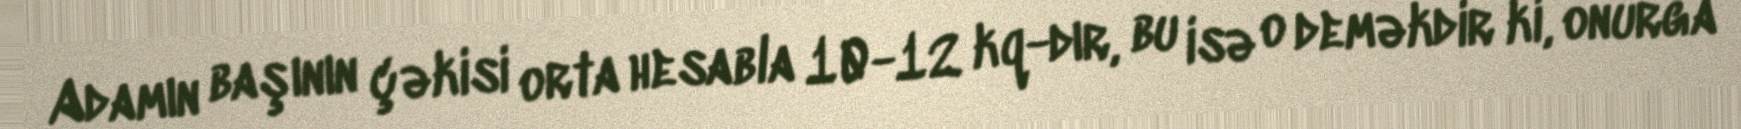
Adamın başının çəkisi orta hesabla 10-12 kq-dır, bu isə o deməkdir ki, onurğa